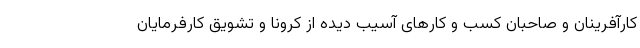
کارآفرینان و صاحبان کسب و کارهای آسیب دیده از کرونا و تشویق کارفرمایان